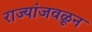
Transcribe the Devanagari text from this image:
राज्यांजवळून